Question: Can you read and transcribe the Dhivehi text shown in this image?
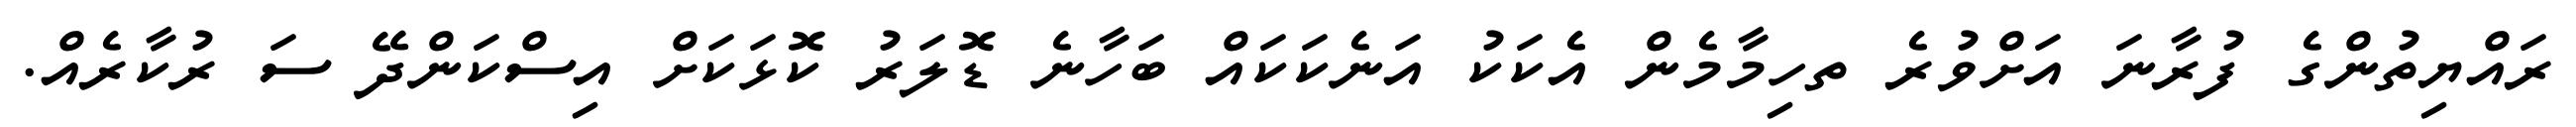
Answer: ރައްޔިތުންގެ ފުރާނަ އަށްވުރެ ތހިމާމެން އެކަކު އަނެކަކައް ބަހާނެ ޑޮލަރު ކޮޅަކަށް އިސްކަންދޭ ސަ ރުކާރެއް.